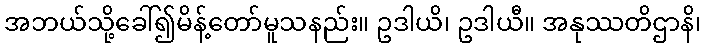
အဘယ်သို့ခေါ်၍မိန့်တော်မူသနည်း။ ဥဒါယိ၊ ဥဒါယီ။ အနုဿတိဌာနိ၊